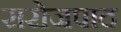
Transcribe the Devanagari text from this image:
सरोजपाद